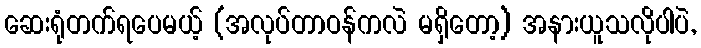
ဆေးရုံတက်ရပေမယ့် (အလုပ်တာဝန်ကလဲ မရှိတော့) အနားယူသလိုပါပဲ,